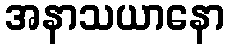
အနာသယာနော